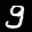
Label: 9